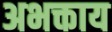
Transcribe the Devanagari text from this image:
अभक्ताय